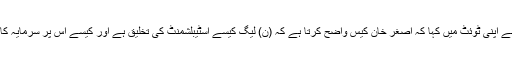
عمران خان نے اپنی ٹوئٹ میں کہا کہ اصغر خان کیس واضح کرتا ہے کہ (ن) لیگ کیسے اسٹیبلشمنٹ کی تخلیق ہے اور کیسے اس پر سرمایہ کاری کی گئی۔